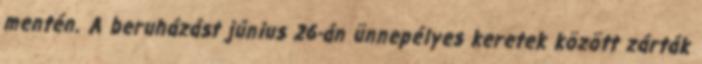
mentén. A beruházást június 26-án ünnepélyes keretek között zárták